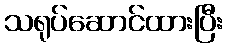
သရုပ်ဆောင်ထားပြီး